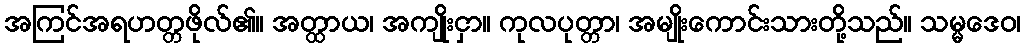
အကြင်အရဟတ္တဖိုလ်၏။ အတ္ထာယ၊ အကျိုးငှာ။ ကုလပုတ္တာ၊ အမျိုးကောင်းသားတို့သည်။ သမ္မဒေဝ၊